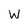
Character: W